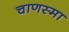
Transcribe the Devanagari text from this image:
चाणस्मा